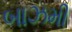
બાઝમી